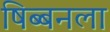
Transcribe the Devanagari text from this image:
षिब्बनला